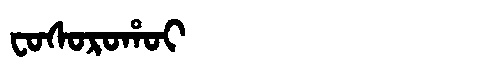
Manchu: ᠸᠣᠰᠣᡵᠣᡥᠣᡳ
Romanization: FOSOROHOI